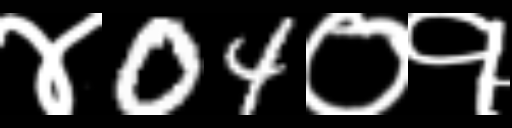
Text: ४04०१